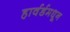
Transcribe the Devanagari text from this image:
हार्वर्डमधून